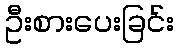
ဦးစားပေးခြင်း